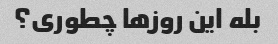
بله این روزها چطوری؟